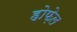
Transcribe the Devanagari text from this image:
होफ़ेल